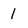
Character: 1